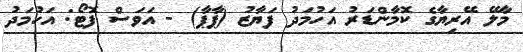
މާލޭ އޭރިޔާގެ ކޮމާންޑަރު އަހުމަދު ފަޔާޒު (ޕާޕާ) - އަވަސް ފޮޓޯ: އަހުމަދު